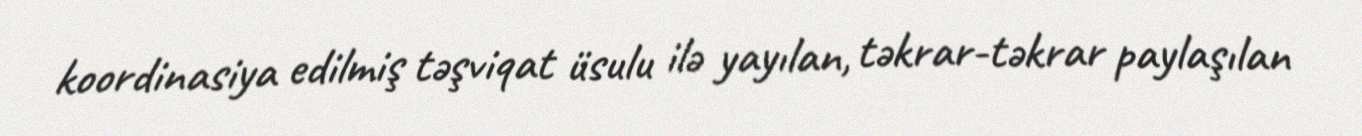
koordinasiya edilmiş təşviqat üsulu ilə yayılan, təkrar-təkrar paylaşılan